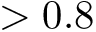
> 0 . 8